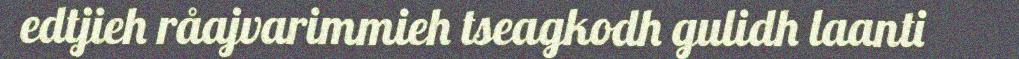
edtjieh råajvarimmieh tseagkodh gulidh laanti